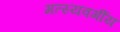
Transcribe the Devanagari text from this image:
मत्स्यवर्गीय